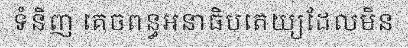
ទំនិញ គេចពន្ធអនាធិបតេយ្យដែលមិន